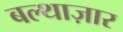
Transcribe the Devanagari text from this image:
बल्थाज़ार